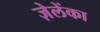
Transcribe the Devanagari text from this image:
ज़ेलेंका